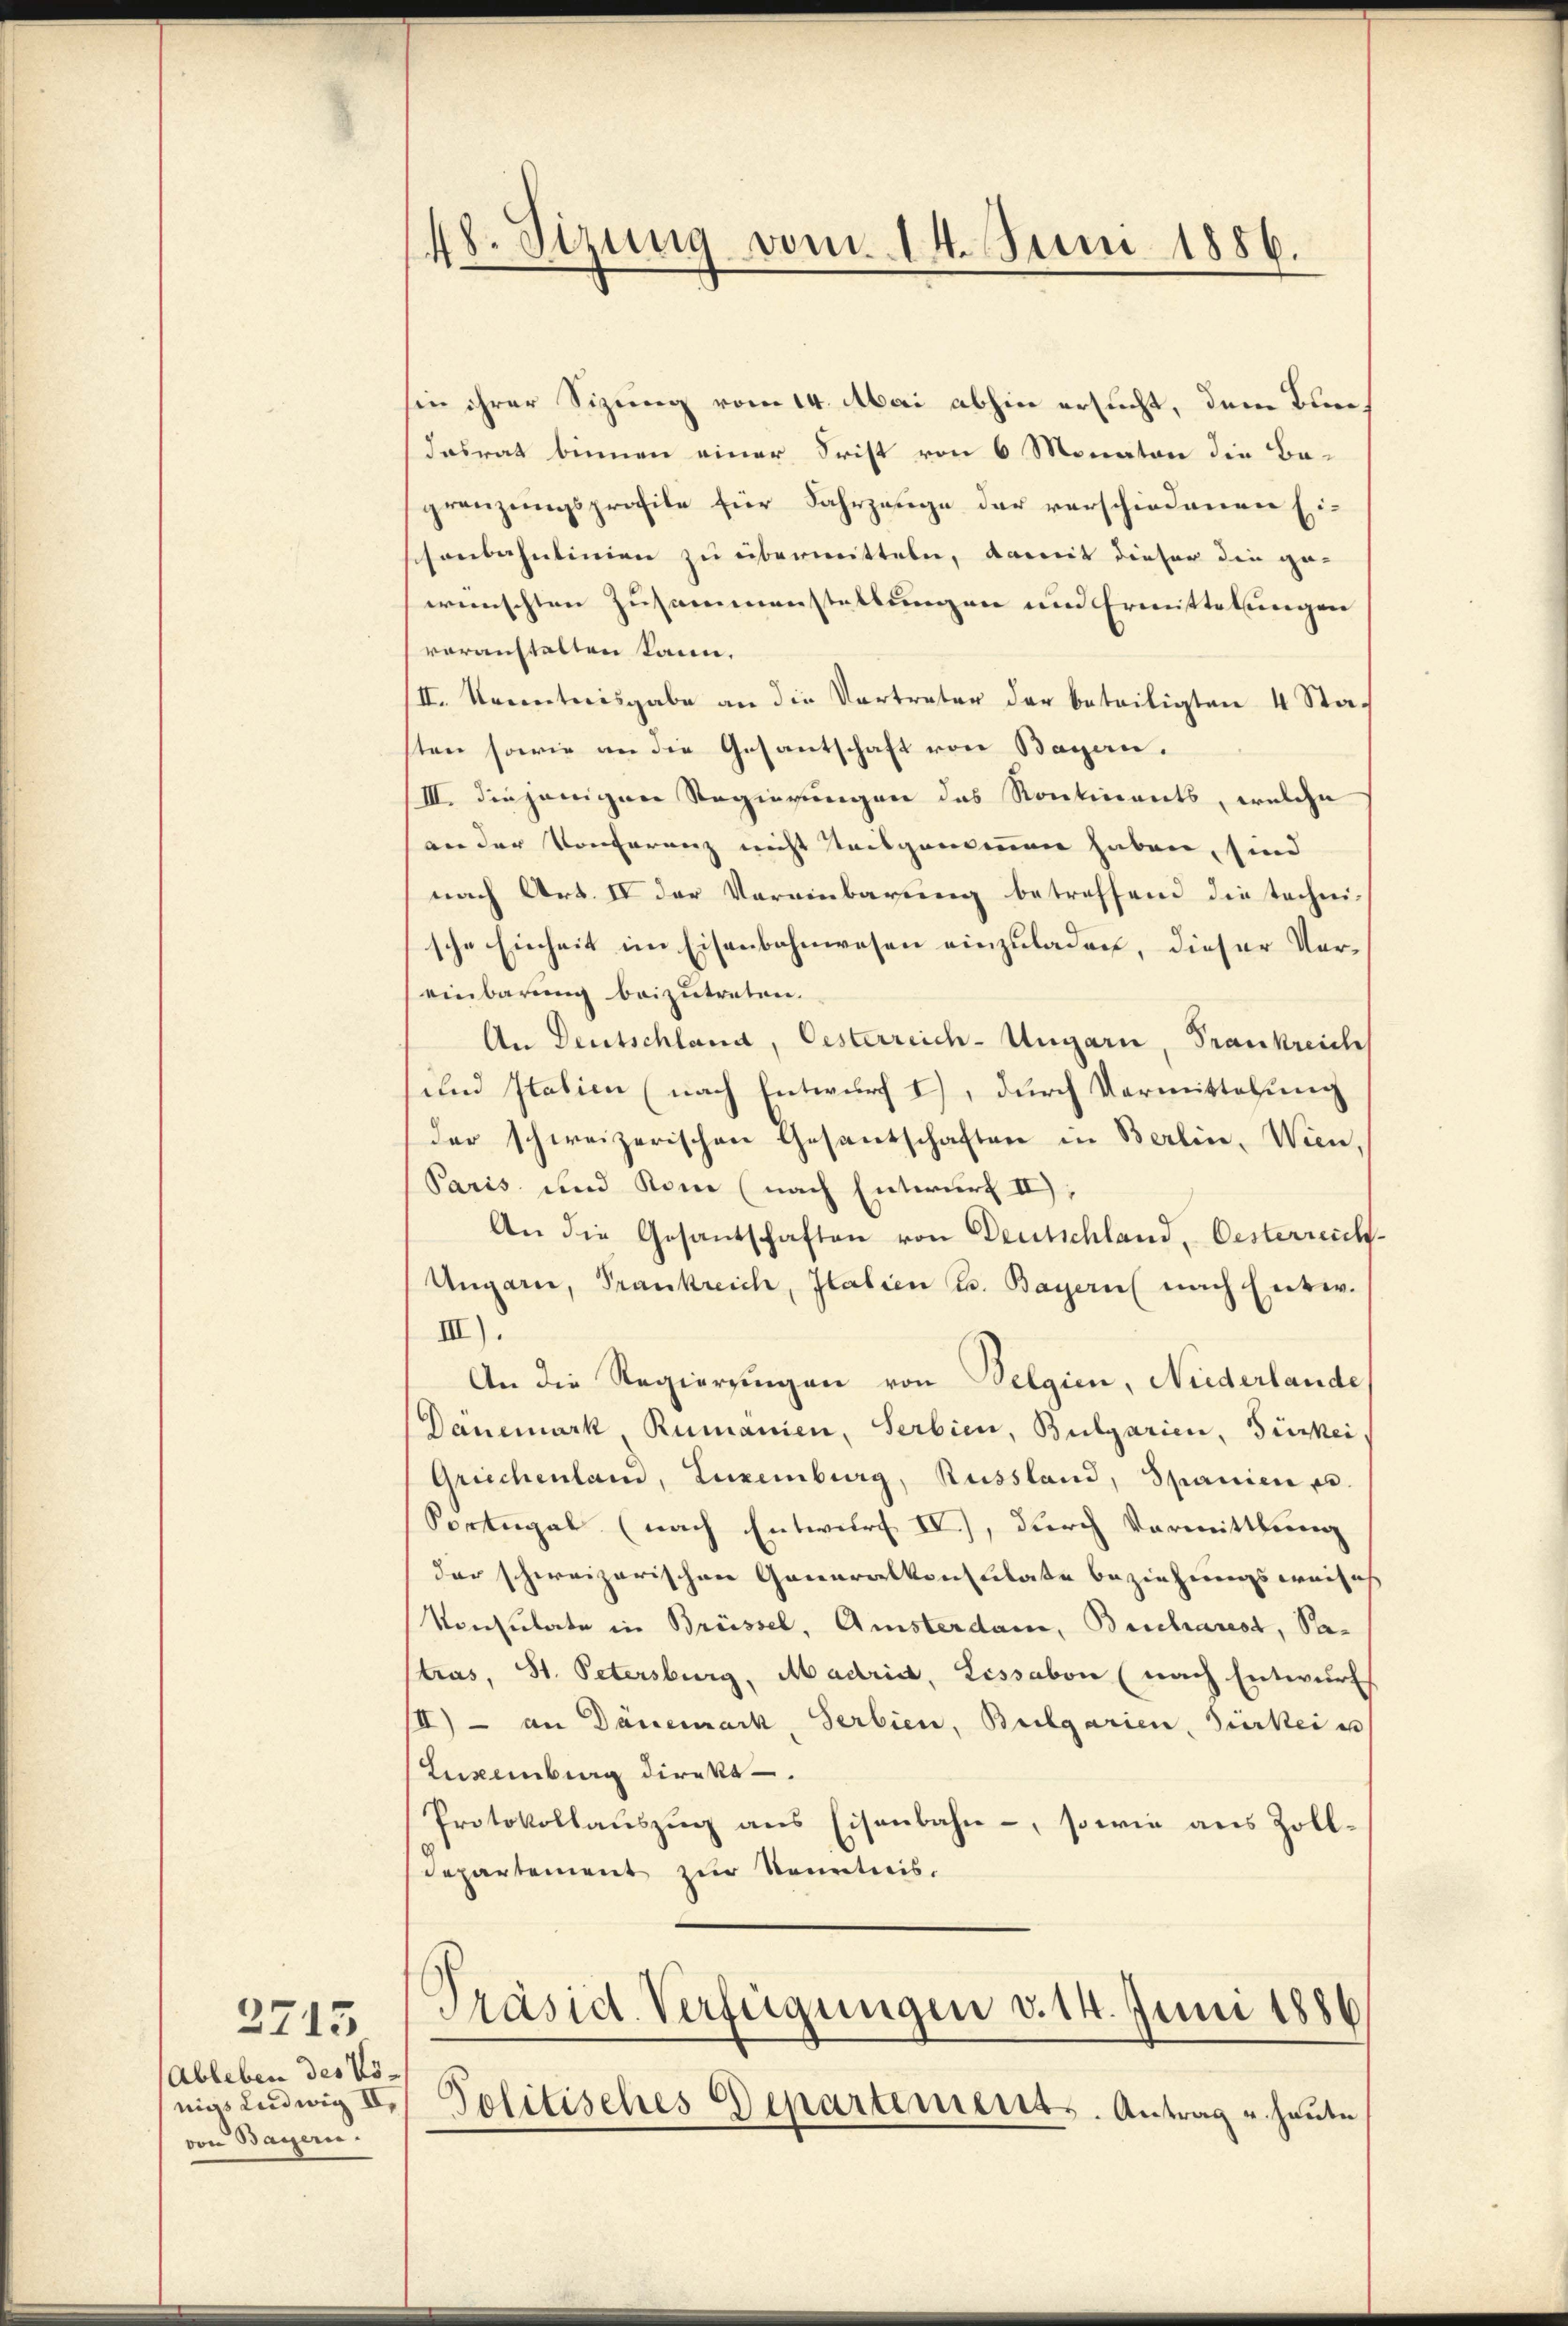
2715
Ableben des Vövon Bayern.

48. Sizung vom 14. Juni 1886.

sin ihrer Sizung vom 14. Mai abhin ersucht, dem Bundasrat binnen einer Frist von 6 Monaten die Ba-
gränzungsprofile für Fahrzeuge der verschiedenen Eisonbahnlinien zu übermitteln, damit dieser die ge-
wünschten Zusammenstellungen und Ermittelungen
voranstalten kann.
III. Kenntnisgabe an die Vertreter der beteiligten 4 Stasten sowie an die Gesantschaft von Bagen.
/III. diejenigen Regierungen das Kontinents, welche
von der Konferenz nicht seisgenommen haben, sind
nach Art. IV der Vereinbarung betreffend die technische Einheit im Eisenbahnwesen einzuladen, dieser Vereinbarung beizutreten.
An Deutschland, Oesterreich-Ungarn, Frankreich
und Italien (nach Entwurf I), durch Vormittelung
der schweizerischen Gesantschaften in Berlin, Wien,
Paris und Kom (nach Entwurf II);
An die Gesantschaften von Deutschland, Oesterreich-
Ungarn, Frankreich, Italien u. Bayern nach Entw.
III).
An die Regierungen von Belgien, Niederlande
Dänemark, Rumänien, Serbien, Bulgarien, Fürkei
Griechenland, Luxenburg, Russland, Spanien u.
Sortugal (nach Entwurf IV.), durch Vormittlung
der schweizerischen Generalkonsulate beziehungsweises
Vonsulate in Brüssel, Amsterdam, Bescharest, Patras, St. Petersburg, Madria, Lissabon (nach Entwŭrf
III) - an Dänemark, Serbien, Bulgarien, Gierkei es
Luxenburg direkt
Protokollauszug aus Eisenbahn, sowie aus Zoll¬
Departement zur Kenntnis.

Präsid. Verfügungen v. 14. Juni 1886
nigs Ludwig u. Politisches Departements. Antrag u. heute